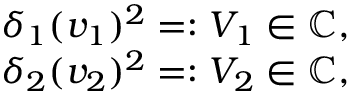
\begin{array} { r } { \delta _ { 1 } ( v _ { 1 } ) ^ { 2 } = : V _ { 1 } \in \mathbb { C } , } \\ { \delta _ { 2 } ( v _ { 2 } ) ^ { 2 } = : V _ { 2 } \in \mathbb { C } , } \end{array}